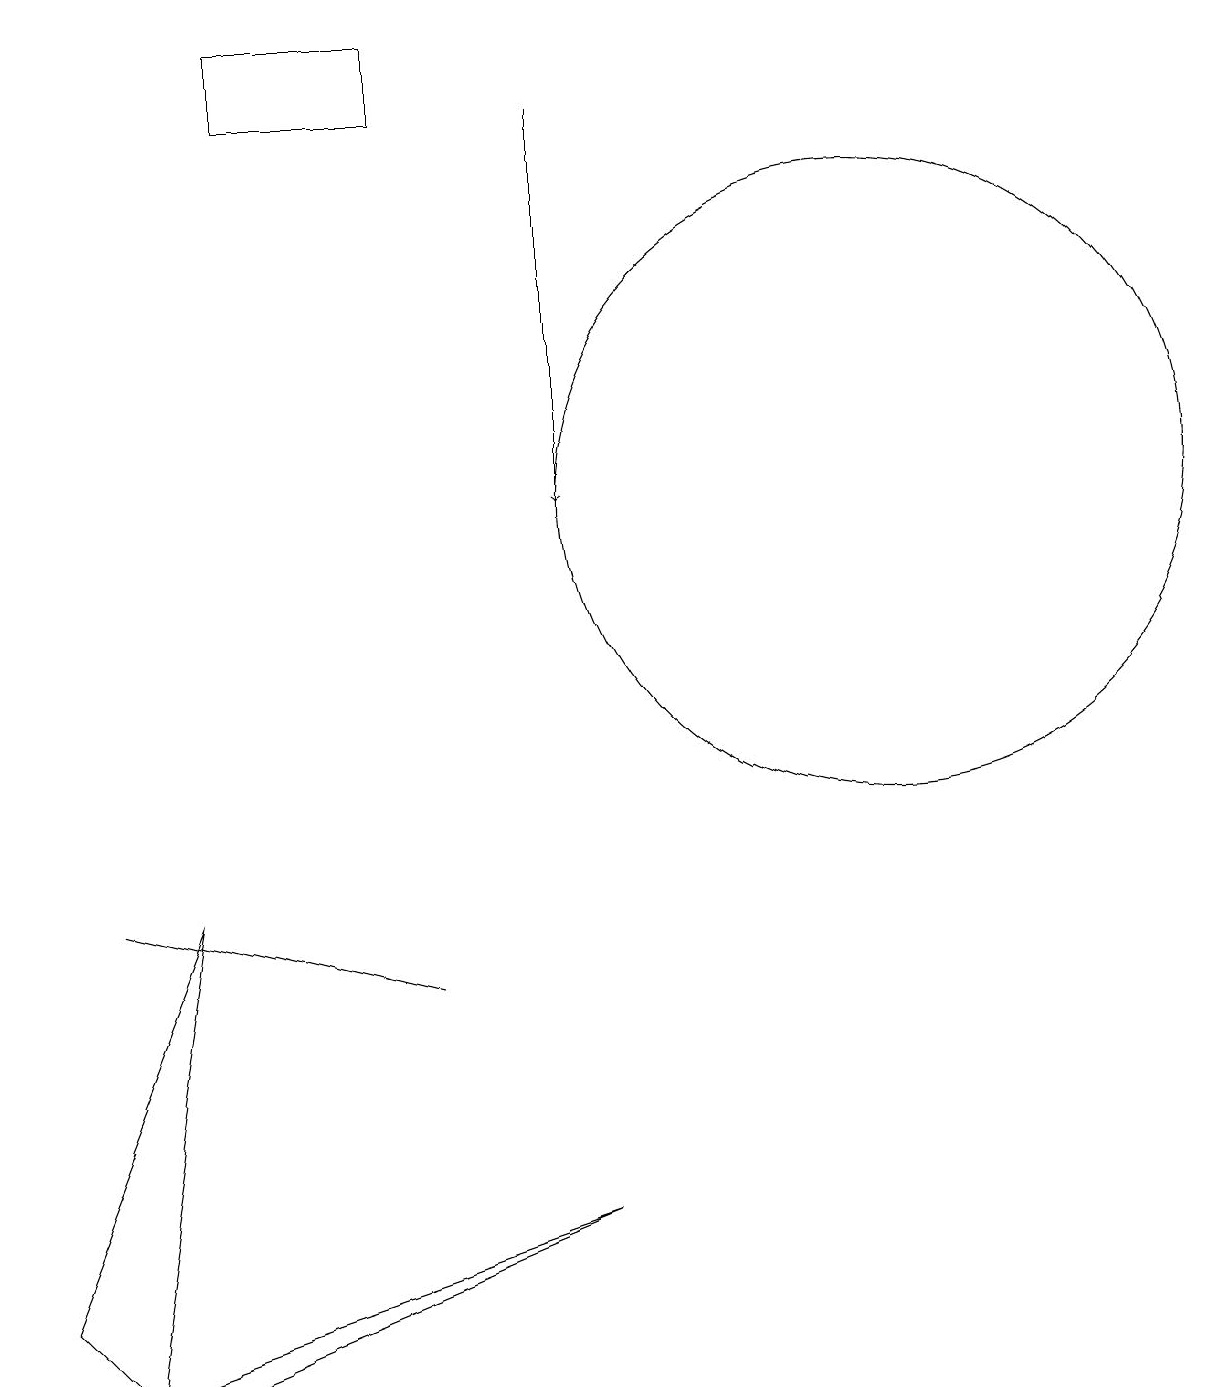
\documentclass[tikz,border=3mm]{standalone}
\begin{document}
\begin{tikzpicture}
\draw (12,11) circle (4);
\draw[->] (8,16) -- (8,11);
\draw (3,6) -- (1,1) -- (2,0) -- cycle;
\draw (2,0) -- (8,2) -- (3,0) -- cycle;
\draw (2,6) -- (6,5) -- (2,6) -- cycle;
\draw (6,17) rectangle (4,16);
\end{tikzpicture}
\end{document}